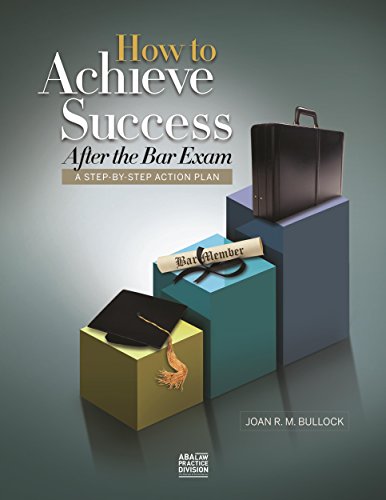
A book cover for How to Achieve Success After the Bar Exam: A Step-by-Step Action Plan; Joan R. M. Bullock; Test Preparation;